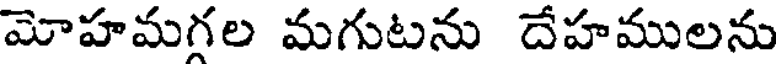
మోహమగల మగుటను దేహములను